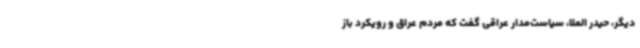
دیگر، حیدر الملا، سیاست‌مدار عراقی گفت که مردم عراق و رویکرد باز